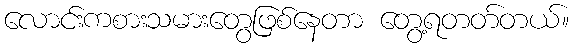
လောင်းကစားသမားတွေဖြစ်နေတာ တွေ့ရတတ်တယ်။